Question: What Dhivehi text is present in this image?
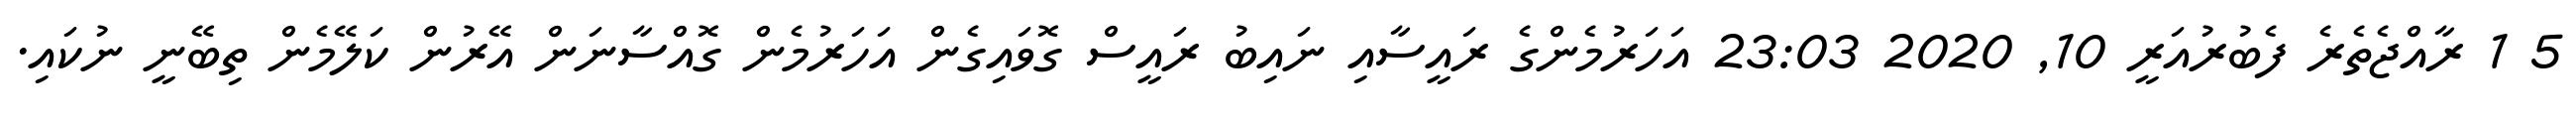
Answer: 5 1 ރާއްޖެތެރެ ފެބުރުއަރީ 10, 2020 23:03 އަހަރުމެންގެ ރައީސާއި ނައިބު ރައީސް ގޮވައިގެން އަހަރުމެން ގޮއްސާނަން އޭރުން ކަލޭމެން ތިބޭނީ ނުކައި.